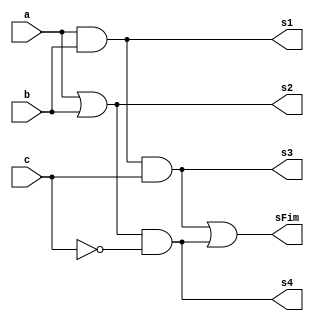
// ------------------------- 
// Exemplo0032 - Exemplo0032.v
// Nome: Felipe Ferreira Andrade do Carmo
// ------------------------- 
 
// ------------------------- 
//  f4_gate 
// ------------------------- 
module f4 (output [3:0] s1,  output [3:0] s2, output [3:0] s3,output [3:0] s4, output [3:0] sFim,
                    input  [3:0] a, 
                    input  [3:0] b,
						  input  [3:0] c); 
 
// descrever por portas 

assign s1 = a&b;
assign s2 = a|b;
assign s3 = s1&c;
assign s4 = s2&~c;
assign sFim = s3|s4;
endmodule // f4 
 
module test_f4; 
// ------------------------- definir dados 
       reg  [3:0] x; 
       reg  [3:0] y;
		 reg  [3:0] w; 
       wire [3:0] z1;
		 wire [3:0] z2;
		 wire [3:0] z3;
		 wire [3:0] z4;
		 wire [3:0] zFim;
 
       f4 modulo ( z1, z2, z3, z4 , zFim, x, y, w); 
 
// ------------------------- parte principal 
 
   initial begin 
      $display("Exemplo0032 - Felipe Ferreira Andrade do Carmo - 427402"); 
      $display("Test LU's module"); 
 
      x = 4'b0011;       y = 4'b0101;  w = 4'b0000; 
 
   // projetar testes do modulo 
	$display("\n  a \t  b \t Chave\t  Resultado");
   #1 $display("%3b    %3b      %3b    %3b",x,y,w,zFim);

 
   end 
 
endmodule // test_f4